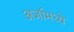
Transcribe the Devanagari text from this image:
अर्जामध्ये